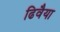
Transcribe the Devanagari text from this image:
ढिवैया